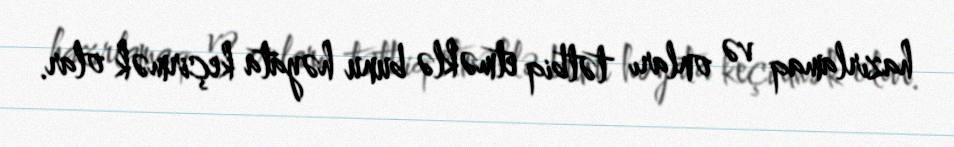
hazırlamaq və onları tətbiq etməklə bunu həyata keçirmək olar.